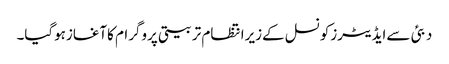
دبئی سےایڈیٹرزکونسل کےزیرانتظام تربیتی پروگرام کاآغازہوگیا۔